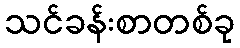
သင်ခန်းစာတစ်ခု